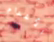
الأعدام